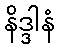
နိဒ္ဒါနံ